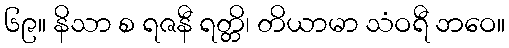
၆၉။ နိသာ စ ရဇနီ ရတ္တိ၊ တိယာမာ သံဝရီ ဘဝေ။